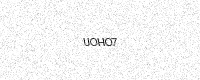
Text: UOHO7